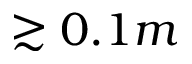
\gtrsim 0 . 1 m